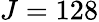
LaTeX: J=128